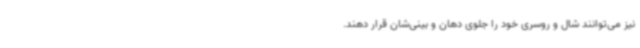
نیز می‌توانند شال و روسری خود را جلوی دهان و بینی‌شان قرار دهند.